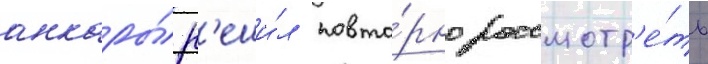
анкары́ р'еши́л повто́рно рассмотр'е́ть